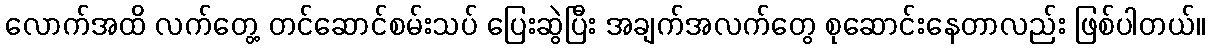
လောက်အထိ လက်တွေ့ တင်ဆောင်စမ်းသပ် ပြေးဆွဲပြီး အချက်အလက်တွေ စုဆောင်းနေတာလည်း ဖြစ်ပါတယ်။